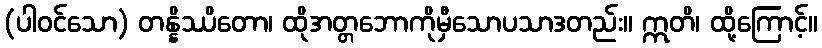
(ပါဝင်သော) တန္နိဿိတော၊ ထိုအတ္တဘောကိုမှီသောပသာဒတည်း။ ဣတိ၊ ထို့ကြောင့်။